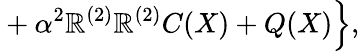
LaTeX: {}+\alpha^{2}\mathbb{R}^{(2)}\mathbb{R}^{(2)}C(X)+Q(X)\Bigr\} ,